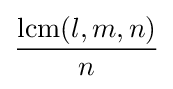
\operatorname {lcm} (l,m,n) \over n